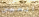
العين